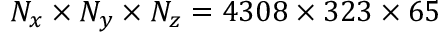
N _ { x } \times N _ { y } \times N _ { z } = 4 3 0 8 \times 3 2 3 \times 6 5